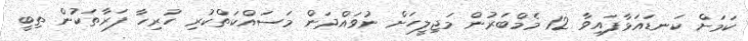
ކަމަށް ކަނޑައަޅާފައިވާ 12 މެމްބަރުން މަޖިލީހަށް ނުވައްދަން މަސައްކަތްކުރި ހުރިހާ ފަރާތަކުން ތިބީ